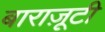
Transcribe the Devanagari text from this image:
बाराज़ूटी